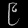
Digit: ၉